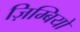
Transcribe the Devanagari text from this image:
ज़िम्बियो